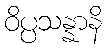
ဝိပ္ပသန္နာနိ